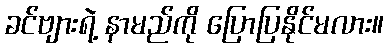
ခင်ဗျားရဲ့ နာမည်ကို ပြောပြနိုင်မလား။